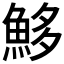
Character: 𩶰